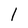
Character: l